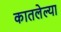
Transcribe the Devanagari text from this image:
कातलेल्या